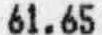
61.65